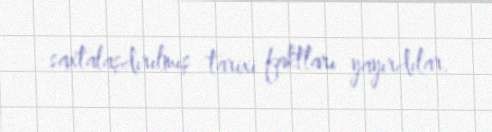
saxtalaşdırılmış tarixi faktları yayırdılar.